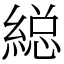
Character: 縂